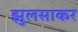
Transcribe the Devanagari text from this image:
झुलसाकर